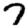
Digit: 7